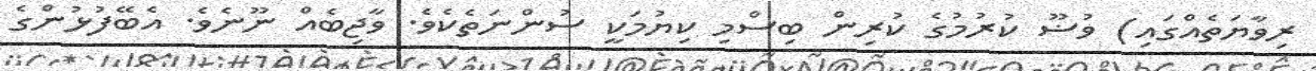
ރިވާޔަތެއްގައި) ވުޟޫ ކުރުމުގެ ކުރިން ބިސްމި ކިޔުމަކީ ސުންނަތެކެވެ. ވާޖިބެއް ނޫނެވެ. އެބޭފުޅުންގެ